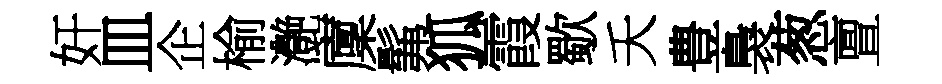
奸皿企榆灔廩髴狐霞歜夭豊裊葱亶